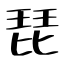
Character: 琵